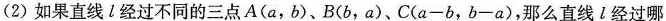
(2) 如果直线 l 经过不同的三点A(a，b)、B(b，a)、C($$a - b$$，$$b - a$$)，那么直线 l 经过哪